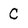
Character: C